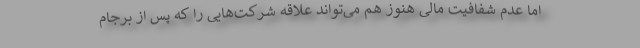
اما عدم شفافیت مالی هنوز هم می‌تواند علاقه شرکت‌هایی را که پس از برجام